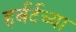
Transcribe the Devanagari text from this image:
हर्बर्टच्या